Lunatic asylums Punjab 1895-1910 - 1895-1910
Year: 1895
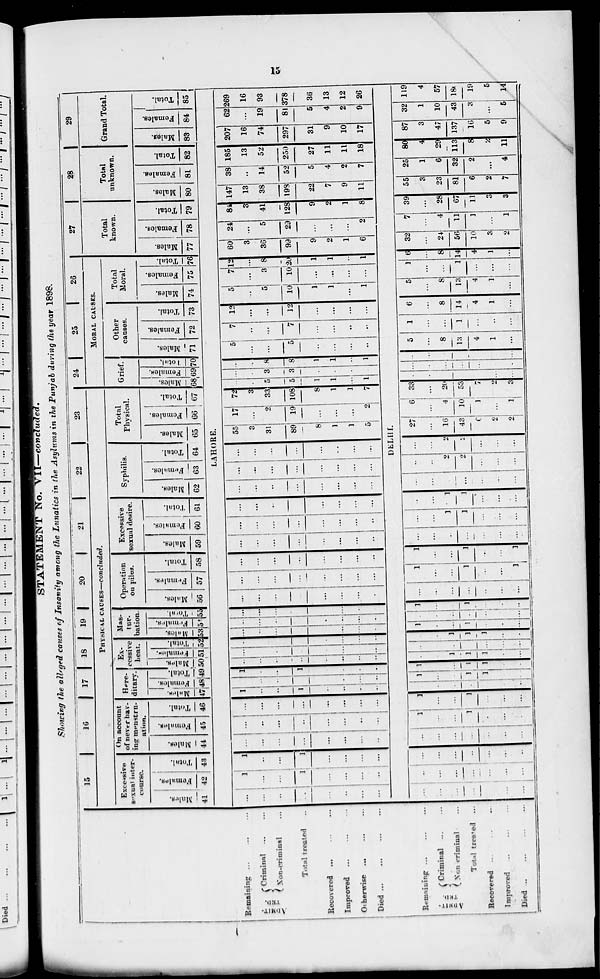
15
STATEMENT No. VII— concluded.
Showing the alleged causes of Insanity among the Lunatics in the Asylums in the Punjab during the year 1898.
Remaining ... ... ...
ADMIT-
TED.
Criminal ... ...
Non-criminal ...
Total treated ...
Recovered ... ... ...
Improved ... ... ...
Otherwise ... ... ...
Died ... ... ... ...
Remaining ... ... ...
ADMIT-
TED.
Criminal
...
...
Non criminal ...
Total treated ...
Recovered ... ... ...
Improved .. ... ...
Died ... ... ... ...
15 16
17 18 19
20
21
22
23
PHYSICAL CAUSES—concluded.
Excessive
sexual inter-
course.
Males.
41
Females.
42
Total.
43
On account
of never hav-
ing menstru-
ation.
Males.
44
Females.
45
Total.
46
Here-
ditary.
Males.
47
Females.
48
Total.
49
Ex-
cessive
heat.
Males.
50
Female.
51
Total.
52
Mas-
tur-
bation.
Males.
53
Females.
54
Total.
55
Operation
on piles.
Males.
56
Females.
57
Total.
58
Excessive
sexual desire.
Males.
59
Females.
60
Total.
61
Syphilis.
Males.
62
Females.
63
Total.
64
Total
Physical.
Males.
65
Females.
66
Total.
67
24
25
26
MORAL CAUSES.
Grief.
Males.
68
Females.
69
Total.
70
Other
causes.
Males.
71
Females.
72
Total.
73
Total
Moral.
Males.
74
Females.
75
Total.
76
27
Total
known.
Males.
77
Females.
78
Total.
79
28
Total
unknown.
Males.
80
Females.
81
Total.
82
29
Grand Total.
Males.
83
Females.
84
Total.
85
LAHORE.
...
...
...
...
...
...
...
...
1
...
...
1
...
...
...
...
1
...
...
1
...
...
...
...
...
...
...
...
...
...
...
...
...
...
...
...
...
...
...
...
...
...
...
...
...
...
...
...
1
...
...
1
...
...
...
...
...
...
...
...
...
1
...
...
1
...
...
...
...
...
...
...
...
...
...
...
...
...
...
...
...
...
...
...
...
...
...
...
...
...
...
...
...
...
...
...
...
...
...
...
...
...
...
...
...
...
...
...
...
...
...
...
...
...
...
...
...
...
...
...
...
...
...
...
...
...
...
...
...
...
...
...
...
...
...
...
...
...
...
...
...
...
...
...
...
...
...
...
...
...
...
...
...
...
...
...
...
...
...
...
...
...
...
...
...
...
...
...
...
...
...
...
...
...
...
..
...
...
55
3
31
89
8
1
1
5
17
...
2
19
...
...
...
2
72
3
33
108
8
1
1
7
...
...
5
5
1
1
...
1
...
...
3
3
...
...
...
...
...
...
8
8
1
1
...
1
5
...
...
5
...
...
...
..
7
...
...
7
...
...
...
...
12
...
...
12
...
...
...
...
5
...
5
10
1
1
...
1
7
...
3
10
...
...
...
...
12
...
8
20
1
1
..
1
60
3
36
99
9
2
1
6
24
...
5
29
...
...
...
2
84
3
41
128
9
2
1
8
147
13
38
198
22
7
9
11
38
...
14
52
5
4
2
7
185
13
52
250
27
11
11
18
207
16
74
297
31
9
10
17
62
...
19
81
5
4
2
9
269
16
93
378
36
13
12
26
DELHI.
...
...
...
...
...
...
...
...
...
...
...
...
...
...
...
...
...
...
...
...
...
...
...
...
...
...
...
1
...
...
1
...
...
...
1
...
...
1
...
...
...
...
...
...
...
...
1
...
...
...
1
...
...
1
...
1
1
...
...
...
...
1
1
1
...
...
...
...
...
...
...
...
...
...
1
1
1
...
...
1
...
...
1
...
...
...
...
...
...
...
...
...
...
1
...
...
1
...
...
...
...
...
...
...
...
...
...
1
...
...
1
...
...
1
1
...
...
1
...
...
1
...
...
...
...
...
...
...
...
...
1
1
...
...
...
...
...
1
1
...
...
...
...
...
...
...
...
...
...
...
2
2
...
...
...
...
...
2
2
...
...
...
27
...
16
43
6
2
2
6
...
4
10
1
...
1
33
...
20
53
7
2
3
...
...
...
...
...
...
...
...
...
...
...
...
...
5
...
8
13
4
1
...
1
...
...
1
...
...
...
6
...
8
14
4
1
...
5
...
8
13
4
1
...
1
...
...
1
...
...
...
6
...
8
14
4
1
...
32
...
24
56
10
3
2
7
...
4
11
1
...
1
39
...
28
67
11
3
3
55
3
23
81
6
2
7
25
1
6
32
2
...
4
80
4
29
113
8
2
11
87
3
47
137
16
5
9
32
1
10
43
3
...
5
119
4
57
180
19
5
14